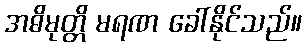
အဓိမုတ္တိ မရဏ ခေါ်နိုင်သည်။